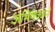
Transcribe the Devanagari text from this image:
अभिषेकाने